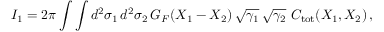
I _ { 1 } = 2 \pi \int \int d ^ { 2 } \sigma _ { 1 } \, d ^ { 2 } \sigma _ { 2 } \, G _ { F } ( X _ { 1 } - X _ { 2 } ) \, \sqrt { \gamma _ { 1 } } \, \sqrt { \gamma _ { 2 } } \ C _ { \mathrm { t o t } } ( X _ { 1 } , X _ { 2 } ) \, ,